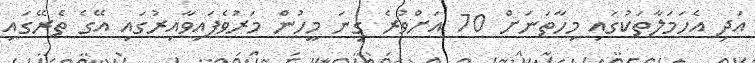
އަދި އެހަމަލާތަކުގައި މިހާތަނަށް 70 އަށްވުރެ ގިނަ މީހުން މަރުވެފައިވާއިރުގައި އޭގެ ތެރޭގައި